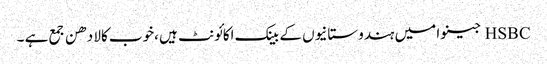
HSBC جینوا میں ہندوستانیوں کے بینک اکائونٹ ہیں ،خوب کالا دھن جمع ہے ۔